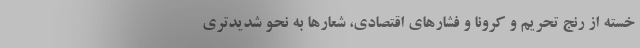
خسته از رنج تحریم و کرونا و فشارهای اقتصادی، شعارها به نحو شدیدتری